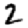
Digit: 2